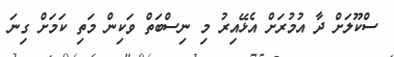
ސްކޫލަށް ދާ އުމުރަށް އެޅޭއިރު މި ނިސްބަތް ވަކިން މަތި ކަމަށް ގިނަ